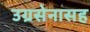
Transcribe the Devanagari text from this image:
उग्रसेनासह